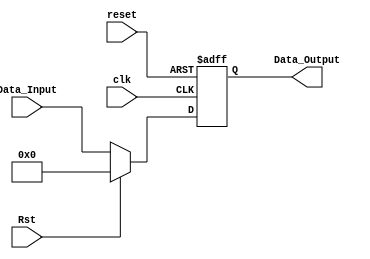

 module Register_With_Reset
#(
	parameter WORD_LENGTH = 8
)

(
	// Input Ports
	input clk,
	input reset,
	input Rst,
	input [WORD_LENGTH-1 : 0] Data_Input,

	// Output Ports
	output [WORD_LENGTH-1 : 0] Data_Output
);

reg  [WORD_LENGTH-1 : 0] Data_reg;

always@(posedge clk or negedge reset) begin
	if(reset == 1'b0) 
		Data_reg <= 0;
	else 
	begin
		if (Rst == 1'b1)
			Data_reg <= 0;
		else
			Data_reg <= Data_Input;
	end
end

assign Data_Output = Data_reg;

endmodule